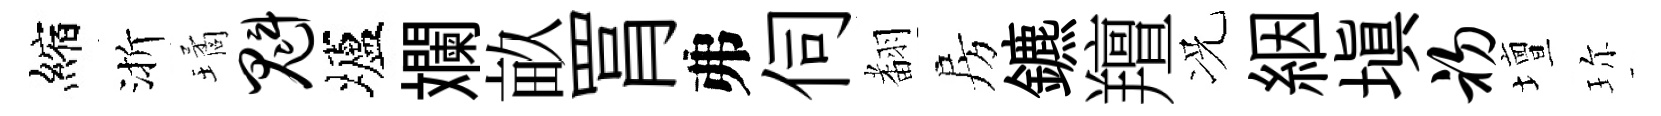
縮渐璚魁壚斕畝罥弗伺𮋒房鑣羶况絪塡初壇珎